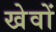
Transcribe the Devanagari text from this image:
खेवों